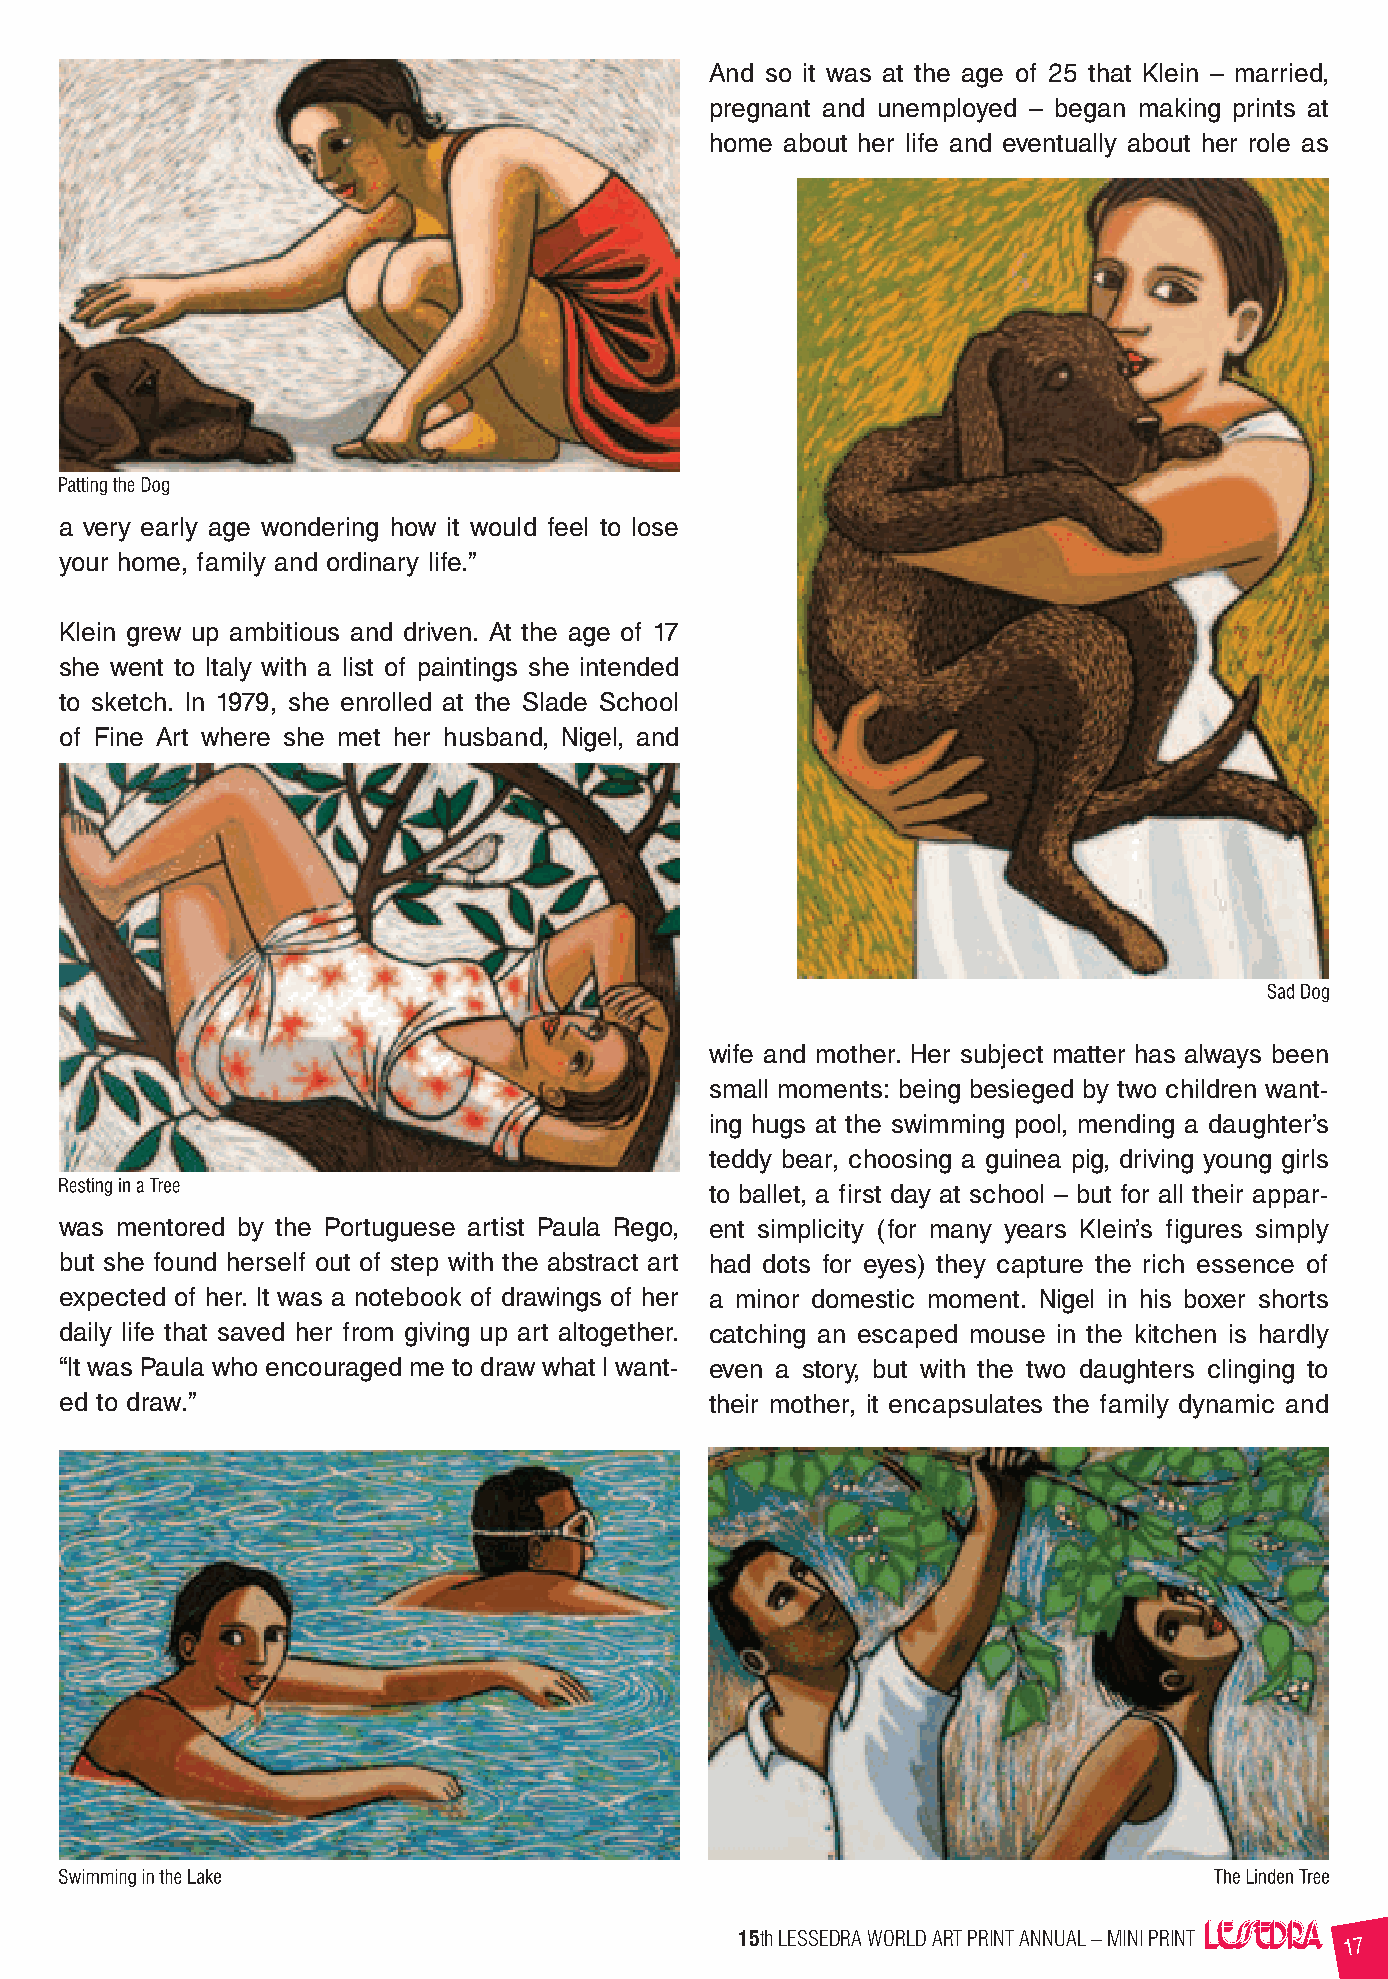
And so it was at the age of 25 that Klein – married,
 pregnant and unemployed – began making prints at
 home about her life and eventually about her role as
 a very early age wondering how it would feel to lose
 your home, family and ordinary life.”
 Klein grew up ambitious and driven. At the age of 17
 she went to Italy with a list of paintings she intended
 to sketch. In 1979, she enrolled at the Slade School
 of Fine Art where she met her husband, Nigel, and
 wife and mother. Her subject matter has always been
 small moments: being besieged by two children want-
 ing hugs at the swimming pool, mending a daughter’s
 teddy bear, choosing a guinea pig, driving young girls
 to ballet, a first day at school – but for all their appar-
 was mentored by the Portuguese artist Paula Rego, ent simplicity (for many years Klein’s figures simply
 but she found herself out of step with the abstract art had dots for eyes) they capture the rich essence of
 expected of her. It was a notebook of drawings of her a minor domestic moment. Nigel in his boxer shorts
 daily life that saved her from giving up art altogether. catching an escaped mouse in the kitchen is hardly
 “It was Paula who encouraged me to draw what I want- even a story, but with the two daughters clinging to
 ed to draw.”                               their mother, it encapsulates the family dynamic and
 15th LESSEDRA WORLD ART PRINT ANNUAL – MINI PRINT
 17